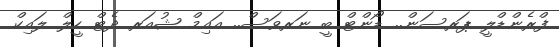
ފްރެންޑްލީ ޕަރސަން.. ޑޯންޓް ބީ ނަރވަސް.. އައިމް ޝުއަރ ދެޓް ހީލް ލައިކް